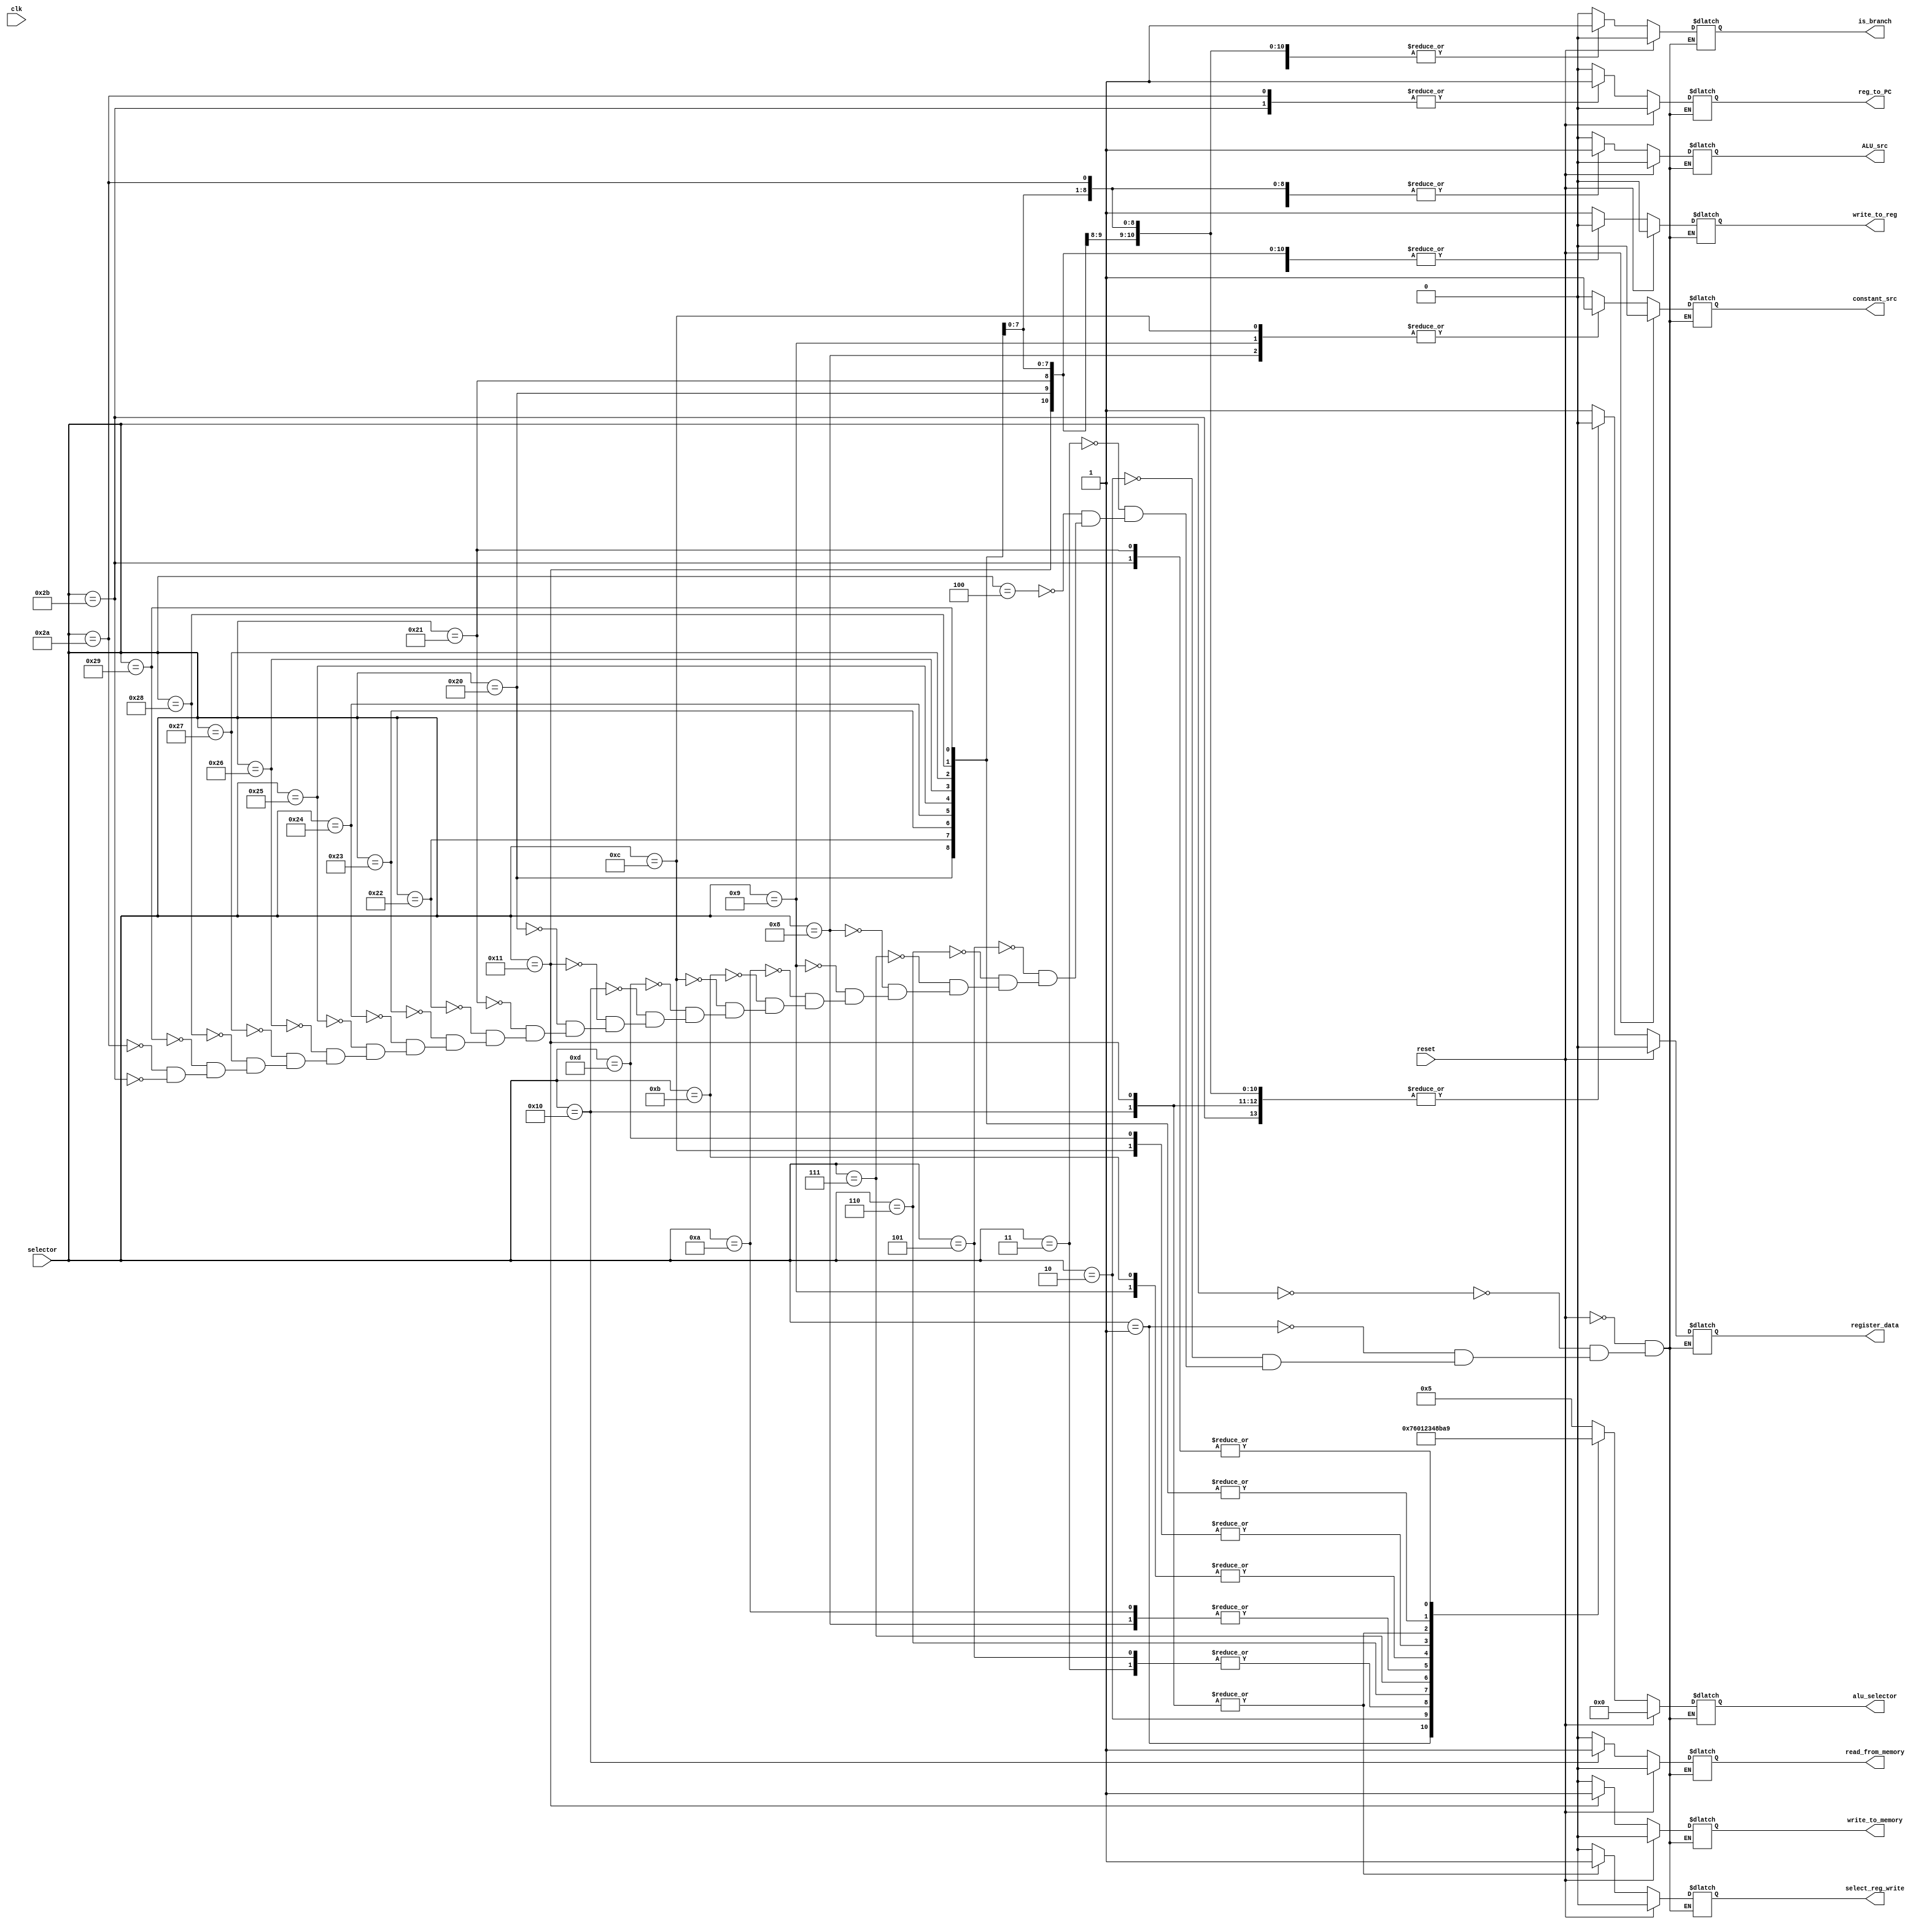
`timescale 1ns / 1ps
//////////////////////////////////////////////////////////////////////////////////
// Company: 
// Engineer: 
// 
// Design Name: 
// Module Name:    controlUnit 
// Project Name: 
// Target Devices: 
// Tool versions: 
// Description: 
//
// Dependencies: 
//
// Revision: 
// Revision 0.01 - File Created
// Additional Comments: 
//
//////////////////////////////////////////////////////////////////////////////////
module controlUnit(
    input [5:0] selector,
    input clk,
    input reset,
    output reg [3:0] alu_selector,
    output reg is_branch,
    output reg write_to_reg,
    output reg write_to_memory,
    output reg read_from_memory,
    output reg ALU_src,
    output reg register_data,
    output reg constant_src,
    output reg reg_to_PC,
    output reg select_reg_write
    );
	 
	 
	always@(*)
	begin
		if(reset) // reset all flags to zero
			begin
				alu_selector <= 0;
				is_branch <= 0;
				write_to_reg <= 0;
				write_to_memory <= 0;
				read_from_memory <= 0;
				ALU_src <= 0;
				register_data <= 0;
				constant_src <= 0;
				reg_to_PC <= 0;
				select_reg_write <= 0;
			end
		else
			begin
				case(selector)
					6'b00000:						// Add
						begin
							alu_selector <= 4'b0101;
							is_branch <= 0;
							write_to_reg <= 1;
							write_to_memory <= 0;
							read_from_memory <= 0;
							ALU_src <= 0;
							register_data <= 1;
							constant_src <= 0;
							reg_to_PC <= 0;
							select_reg_write <= 0;
						end
					6'b00001:						// Multu
						begin
							alu_selector <= 4'b0111;
							is_branch <= 0;
							write_to_reg <= 1;
							write_to_memory <= 0;
							read_from_memory <= 0;
							ALU_src <= 0;
							register_data <= 1;
							constant_src <= 0;
							reg_to_PC <= 0;
							select_reg_write <= 0;
						end
					6'b00010:						// Mult
						begin
							alu_selector <= 4'b0110;
							is_branch <= 0;
							write_to_reg <= 1;
							write_to_memory <= 0;
							read_from_memory <= 0;
							ALU_src <= 0;
							register_data <= 1;
							constant_src <= 0;
							reg_to_PC <= 0;
							select_reg_write <= 0;
						end
					6'b000011: 						// Complement
						begin
							alu_selector <= 4'b0000;
							is_branch <= 0;
							write_to_reg <= 1;
							write_to_memory <= 0;
							read_from_memory <= 0;
							ALU_src <= 0;
							register_data <= 1;
							constant_src <= 0;
							reg_to_PC <= 0;
							select_reg_write <= 0;
						end
					6'b000100: 						// Add immediate
					begin
							alu_selector <= 4'b0101;
							is_branch <= 0;
							write_to_reg <= 1;
							write_to_memory <= 0;
							read_from_memory <= 0;
							ALU_src <= 1;
							register_data <= 1;
							constant_src <= 0;
							reg_to_PC <= 0;
							select_reg_write <= 0;
						end
					6'b000101: 						// Comp immediate	
						begin
							alu_selector <= 4'b0000;
							is_branch <= 0;
							write_to_reg <= 1;
							write_to_memory <= 0;
							read_from_memory <= 0;
							ALU_src <= 1;
							register_data <= 1;
							constant_src <= 0;
							reg_to_PC <= 0;
							select_reg_write <= 0;
						end
					6'b000110: 						// And
						begin
							alu_selector <= 4'b0001;
							is_branch <= 0;
							write_to_reg <= 1;
							write_to_memory <= 0;
							read_from_memory <= 0;
							ALU_src <= 0;
							register_data <= 1;
							constant_src <= 0;
							reg_to_PC <= 0;
							select_reg_write <= 0;
						end
					6'b000111: 						// XOR
						begin
							alu_selector <= 4'b0010;
							is_branch <= 0;
							write_to_reg <= 1;
							write_to_memory <= 0;
							read_from_memory <= 0;
							ALU_src <= 0;
							register_data <= 1;
							constant_src <= 0;
							reg_to_PC <= 0;
							select_reg_write <= 0;
						end
					6'b001000: 						// Shift Left Logical
						begin
							alu_selector <= 4'b0011;
							is_branch <= 0;
							write_to_reg <= 1;
							write_to_memory <= 0;
							read_from_memory <= 0;
							ALU_src <= 1;
							register_data <= 1;
							constant_src <= 1;
							reg_to_PC <= 0;
							select_reg_write <= 0;
						end
					6'b001001: 						// Shift Right Logical
						begin
							alu_selector <= 4'b0100;
							is_branch <= 0;
							write_to_reg <= 1;
							write_to_memory <= 0;
							read_from_memory <= 0;
							ALU_src <= 1;
							register_data <= 1;
							constant_src <= 1;
							reg_to_PC <= 0;
							select_reg_write <= 0;
						end
					6'b001010: 						// Shift Left Variable
						begin
							alu_selector <= 4'b0011;
							is_branch <= 0;
							write_to_reg <= 1;
							write_to_memory <= 0;
							read_from_memory <= 0;
							ALU_src <= 0;
							register_data <= 1;
							constant_src <= 0;
							reg_to_PC <= 0;
							select_reg_write <= 0;
						end
					6'b001011: 						// Shift Right Variable
						begin
							alu_selector <= 4'b0100;
							is_branch <= 0;
							write_to_reg <= 1;
							write_to_memory <= 0;
							read_from_memory <= 0;
							ALU_src <= 0;
							register_data <= 1;
							constant_src <= 0;
							reg_to_PC <= 0;
							select_reg_write <= 0;
						end
					6'b001100: 						// Shift Right Arithmetic
						begin
							alu_selector <= 4'b1000;
							is_branch <= 0;
							write_to_reg <= 1;
							write_to_memory <= 0;
							read_from_memory <= 0;
							ALU_src <= 1;
							register_data <= 1;
							constant_src <= 1;
							reg_to_PC <= 0;
							select_reg_write <= 0;
						end
					6'b001101: 						// Shift Right Arithmetic Variable
						begin
							alu_selector <= 4'b1000;
							is_branch <= 0;
							write_to_reg <= 1;
							write_to_memory <= 0;
							read_from_memory <= 0;
							ALU_src <= 0;
							register_data <= 1;
							constant_src <= 0;
							reg_to_PC <= 0;
							select_reg_write <= 0;
						end
					6'b010000: 						// Load Word
						begin
							alu_selector <= 4'b1011;
							is_branch <= 0;
							write_to_reg <= 1;
							write_to_memory <= 0;
							read_from_memory <= 1;
							ALU_src <= 1;
							register_data <= 0;
							constant_src <= 0;
							reg_to_PC <= 0;
							select_reg_write <= 1;
						end	
					6'b010001: 						// Store Word
						begin
							alu_selector <= 4'b1011;
							is_branch <= 0;
							write_to_reg <= 0;
							write_to_memory <= 1;
							read_from_memory <= 0;
							ALU_src <= 1;
							register_data <= 0;
							constant_src <= 0;
							reg_to_PC <= 0;
							select_reg_write <= 1;
						end	
					6'b100000: 						// Unconditional branch
						begin
							alu_selector <= 4'b1010;
							is_branch <= 1;
							write_to_reg <= 0;
							write_to_memory <= 0;
							read_from_memory <= 0;
							ALU_src <= 1;
							register_data <= 0;
							constant_src <= 0;
							reg_to_PC <= 0;
							select_reg_write <= 0;
						end		
					6'b100001: 						// Branch to Register
						begin
							alu_selector <= 4'b1001;
							is_branch <= 1;
							write_to_reg <= 0;
							write_to_memory <= 0;
							read_from_memory <= 0;
							ALU_src <= 0;
							register_data <= 0;
							constant_src <= 0;
							reg_to_PC <= 0;
							select_reg_write <= 0;
						end	
					6'b100010: 						// Branch on Zero
						begin
							alu_selector <= 4'b1010;
							is_branch <= 1;
							write_to_reg <= 0;
							write_to_memory <= 0;
							read_from_memory <= 0;
							ALU_src <= 1;
							register_data <= 0;
							constant_src <= 0;
							reg_to_PC <= 0;
							select_reg_write <= 0;
						end								
					6'b100011: 						// Branch on not zero
						begin
							alu_selector <= 4'b1010;
							is_branch <= 1;
							write_to_reg <= 0;
							write_to_memory <= 0;
							read_from_memory <= 0;
							ALU_src <= 1;
							register_data <= 0;
							constant_src <= 0;
							reg_to_PC <= 0;
							select_reg_write <= 0;
						end	
					6'b100100: 						// Branch on carry
						begin
							alu_selector <= 4'b1010;
							is_branch <= 1;
							write_to_reg <= 0;
							write_to_memory <= 0;
							read_from_memory <= 0;
							ALU_src <= 1;
							register_data <= 0;
							constant_src <= 0;
							reg_to_PC <= 0;
							select_reg_write <= 0;
						end	
					6'b100101: 						// Branch on not carry
						begin
							alu_selector <= 4'b1010;
							is_branch <= 1;
							write_to_reg <= 0;
							write_to_memory <= 0;
							read_from_memory <= 0;
							ALU_src <= 1;
							register_data <= 0;
							constant_src <= 0;
							reg_to_PC <= 0;
							select_reg_write <= 0;
						end	
					6'b100110: 						// Branch on sign
						begin
							alu_selector <= 4'b1010;
							is_branch <= 1;
							write_to_reg <= 0;
							write_to_memory <= 0;
							read_from_memory <= 0;
							ALU_src <= 1;
							register_data <= 0;
							constant_src <= 0;
							reg_to_PC <= 0;
							select_reg_write <= 0;
						end	
					6'b100111: 						// Branch on not sign
						begin
							alu_selector <= 4'b1010;
							is_branch <= 1;
							write_to_reg <= 0;
							write_to_memory <= 0;
							read_from_memory <= 0;
							ALU_src <= 1;
							register_data <= 0;
							constant_src <= 0;
							reg_to_PC <= 0;
							select_reg_write <= 0;
						end	
					6'b101000: 						// Branch on overflow
						begin
							alu_selector <= 4'b1010;
							is_branch <= 1;
							write_to_reg <= 0;
							write_to_memory <= 0;
							read_from_memory <= 0;
							ALU_src <= 1;
							register_data <= 0;
							constant_src <= 0;
							reg_to_PC <= 0;
							select_reg_write <= 0;
						end
					6'b101001: 						// Branch on not overflow
						begin
							alu_selector <= 4'b1010;
							is_branch <= 1;
							write_to_reg <= 0;
							write_to_memory <= 0;
							read_from_memory <= 0;
							ALU_src <= 1;
							register_data <= 0;
							constant_src <= 0;
							reg_to_PC <= 0;
							select_reg_write <= 0;
						end		
					6'b101010: 						// Call
						begin
							alu_selector <= 4'b0101;
							is_branch <= 1;
							write_to_reg <= 1;
							write_to_memory <= 0;
							read_from_memory <= 0;
							ALU_src <= 1;
							register_data <= 0;
							constant_src <= 0;
							reg_to_PC <= 1;
							select_reg_write <= 0;
						end	
					6'b101011: 						// Return
						begin
							alu_selector <= 4'b1001;
							is_branch <= 1;
							write_to_reg <= 0;
							write_to_memory <= 0;
							read_from_memory <= 0;
							ALU_src <= 0;
							register_data <= 0;
							constant_src <= 0;
							reg_to_PC <= 1;
							select_reg_write <= 0;
						end								
				endcase
			end
	end
endmodule